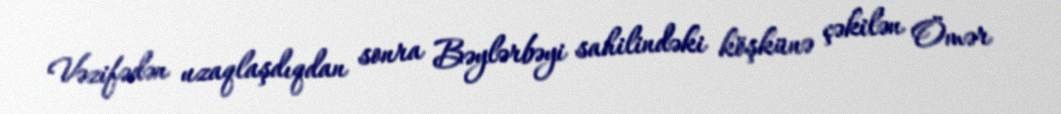
Vəzifədən uzaqlaşdıqdan sonra Bəylərbəyi sahilindəki köşkünə çəkilən Ömər